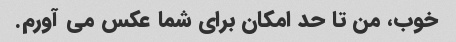
خوب، من تا حد امکان برای شما عکس می آورم.